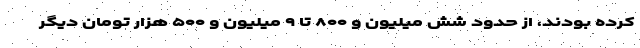
کرده بودند، از حدود شش میلیون و ۸۰۰ تا ۹ میلیون و ۵۰۰ هزار تومان دیگر